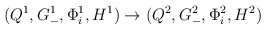
\begin{align*}(Q^{1}, G_{-}^{1}, \Phi_{i}^{1}, H^{1} ) \rightarrow (Q^{2}, G_{-}^{2}, \Phi_{i}^{2}, H^{2} )\end{align*}